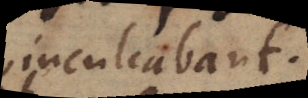
inculcabant.